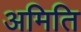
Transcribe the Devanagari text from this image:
अमिति